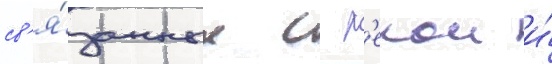
св'я́занных с р'екои и́